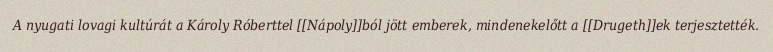
A nyugati lovagi kultúrát a Károly Róberttel [[Nápoly]]ból jött emberek, mindenekelőtt a [[Drugeth]]ek terjesztették.